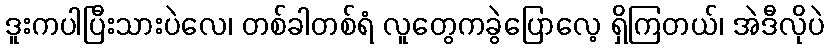
ဒူးကပါပြီးသားပဲလေ၊ တစ်ခါတစ်ရံ လူတွေကခွဲပြောလေ့ ရှိကြတယ်၊ အဲဒီလိုပဲ